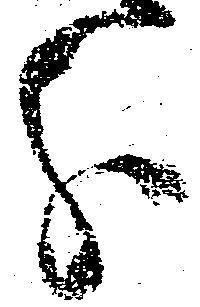
分